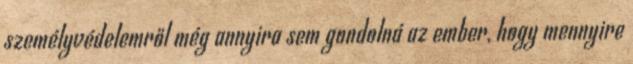
személyvédelemről még annyira sem gondolná az ember, hogy mennyire